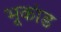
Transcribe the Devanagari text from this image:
भूकांड